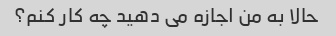
حالا به من اجازه می دهید چه کار کنم؟